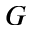
G